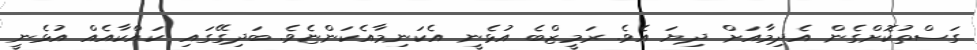
ގަސްތުކޮށްގެން އެދިމާއަށް ދިޔަ އެވެ. ރަމީޒްބެ އުޅެނީ އެކަނިމާއެކަންޏެވެ. ބަދިގޭގައި ކައްކާއެއް އުޅެނީ